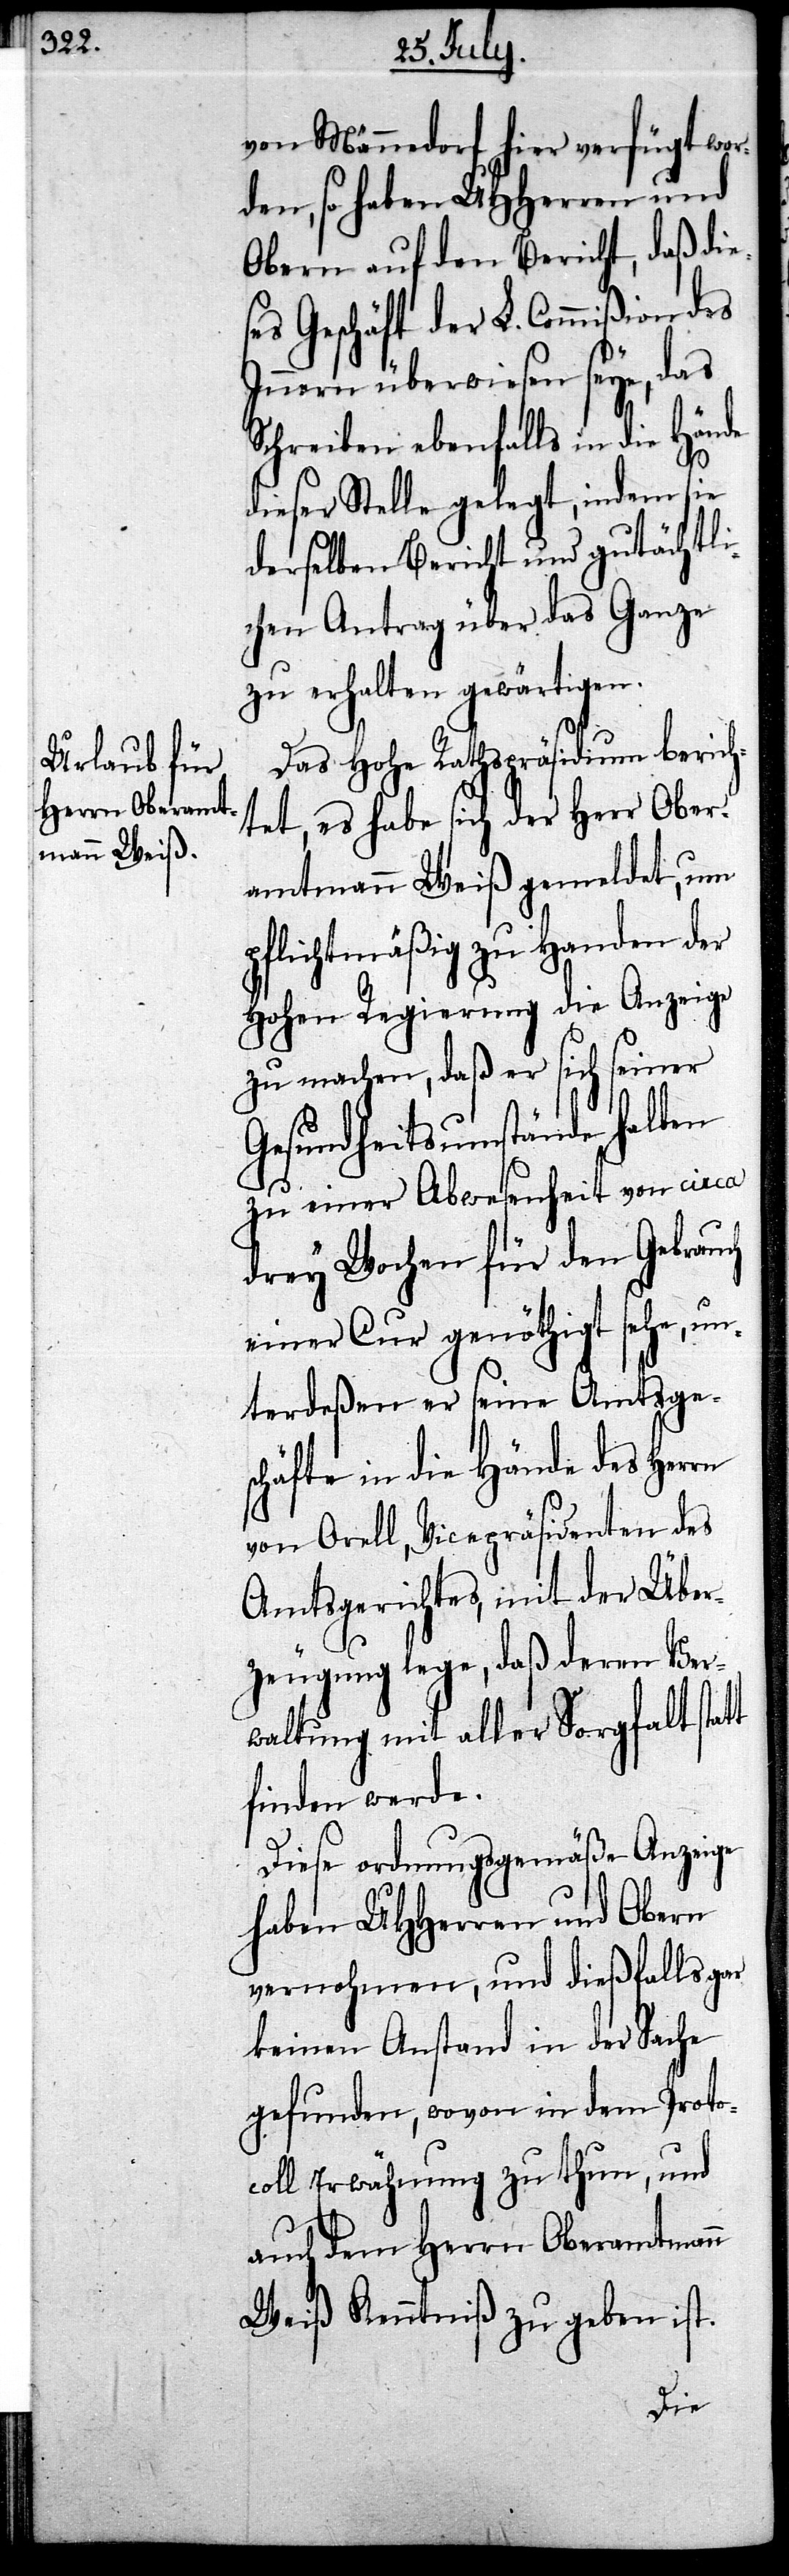
von Männedorf hier verfügt wor¬
den, so haben UHHerren und
Obern auf den Bericht, daß dies¬
es Geschäft der Commißion des
Innern überwiesen seye, das
Schreiben ebenfalls in die Hände
dieser Stelle gelegt, indem sie
derselben Bericht und gutächtli¬
chen Antrag über das Ganze
zu erhalten gewärtigen.
Das Hohe Rathspräsidium berich¬
tet, es habe sich der Herr Ober¬
amtmann Weiß gemeldet, um
pflichtgemäßig zu Handen der
Hohen Regierung die Anzeige
zu machen, daß er sich seiner
Gesundheitsumstände halben
zu einer Abwesenheit von circa
drey Wochen für den Gebrauch
einer Cur genöthigt sehe, un¬
terdeßen er seine Amtsges¬
chäfte in die Hände des Herrn
von Orell, Vicepräsidenten des
Amtsgerichtes, mit der Über¬
zeugung lege, daß deren Ver¬
waltung mit aller Sorgfalt statt
finden werde.
Diese ordnungsgemäße Anzeige
haben UHHerren und Obern
vernohmen, und dießfalls gar
keinen Anstand in der Sache
gefunden, wovon in dem Proto¬
coll Erwähnung zu thun, und
auch dem Herrn Oberamtmann
Weiß Kenntniß zu geben ist.